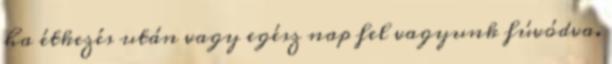
ha étkezés után vagy egész nap fel vagyunk fúvódva.